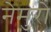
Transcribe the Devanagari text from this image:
नेमुरो